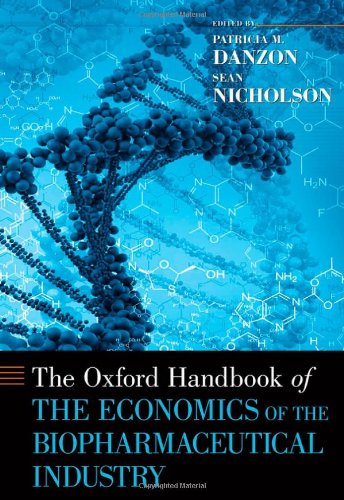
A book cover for The Oxford Handbook of the Economics of the Biopharmaceutical Industry (Oxford Handbooks); Business & Money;